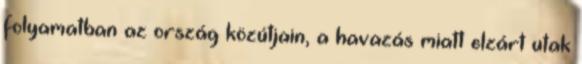
folyamatban az ország közútjain, a havazás miatt elzárt utak